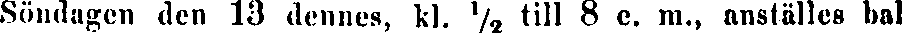
Söndagen den 13 dennes, kl. ½ till 8 e. m., anställes bal